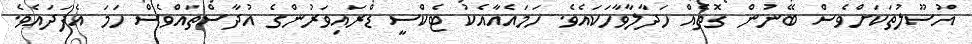
އުސޫލުތަކަށްވެސް ބޭނުން ގޮތެއް ހަދާލާވާހަކައެވެ. ހަމައެއާއެކު ޓެކްސީ ޑްރައިވަރުންގެ އުދާސްތައްވެސް ހަމަ އެފަދައެވެ.